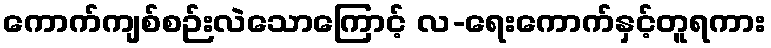
ကောက်ကျစ်စဉ်းလဲသောကြောင့် လ-ရေးကောက်နှင့်တူရကား